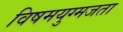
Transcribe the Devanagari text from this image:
विषमयुग्मजता